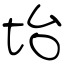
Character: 坮